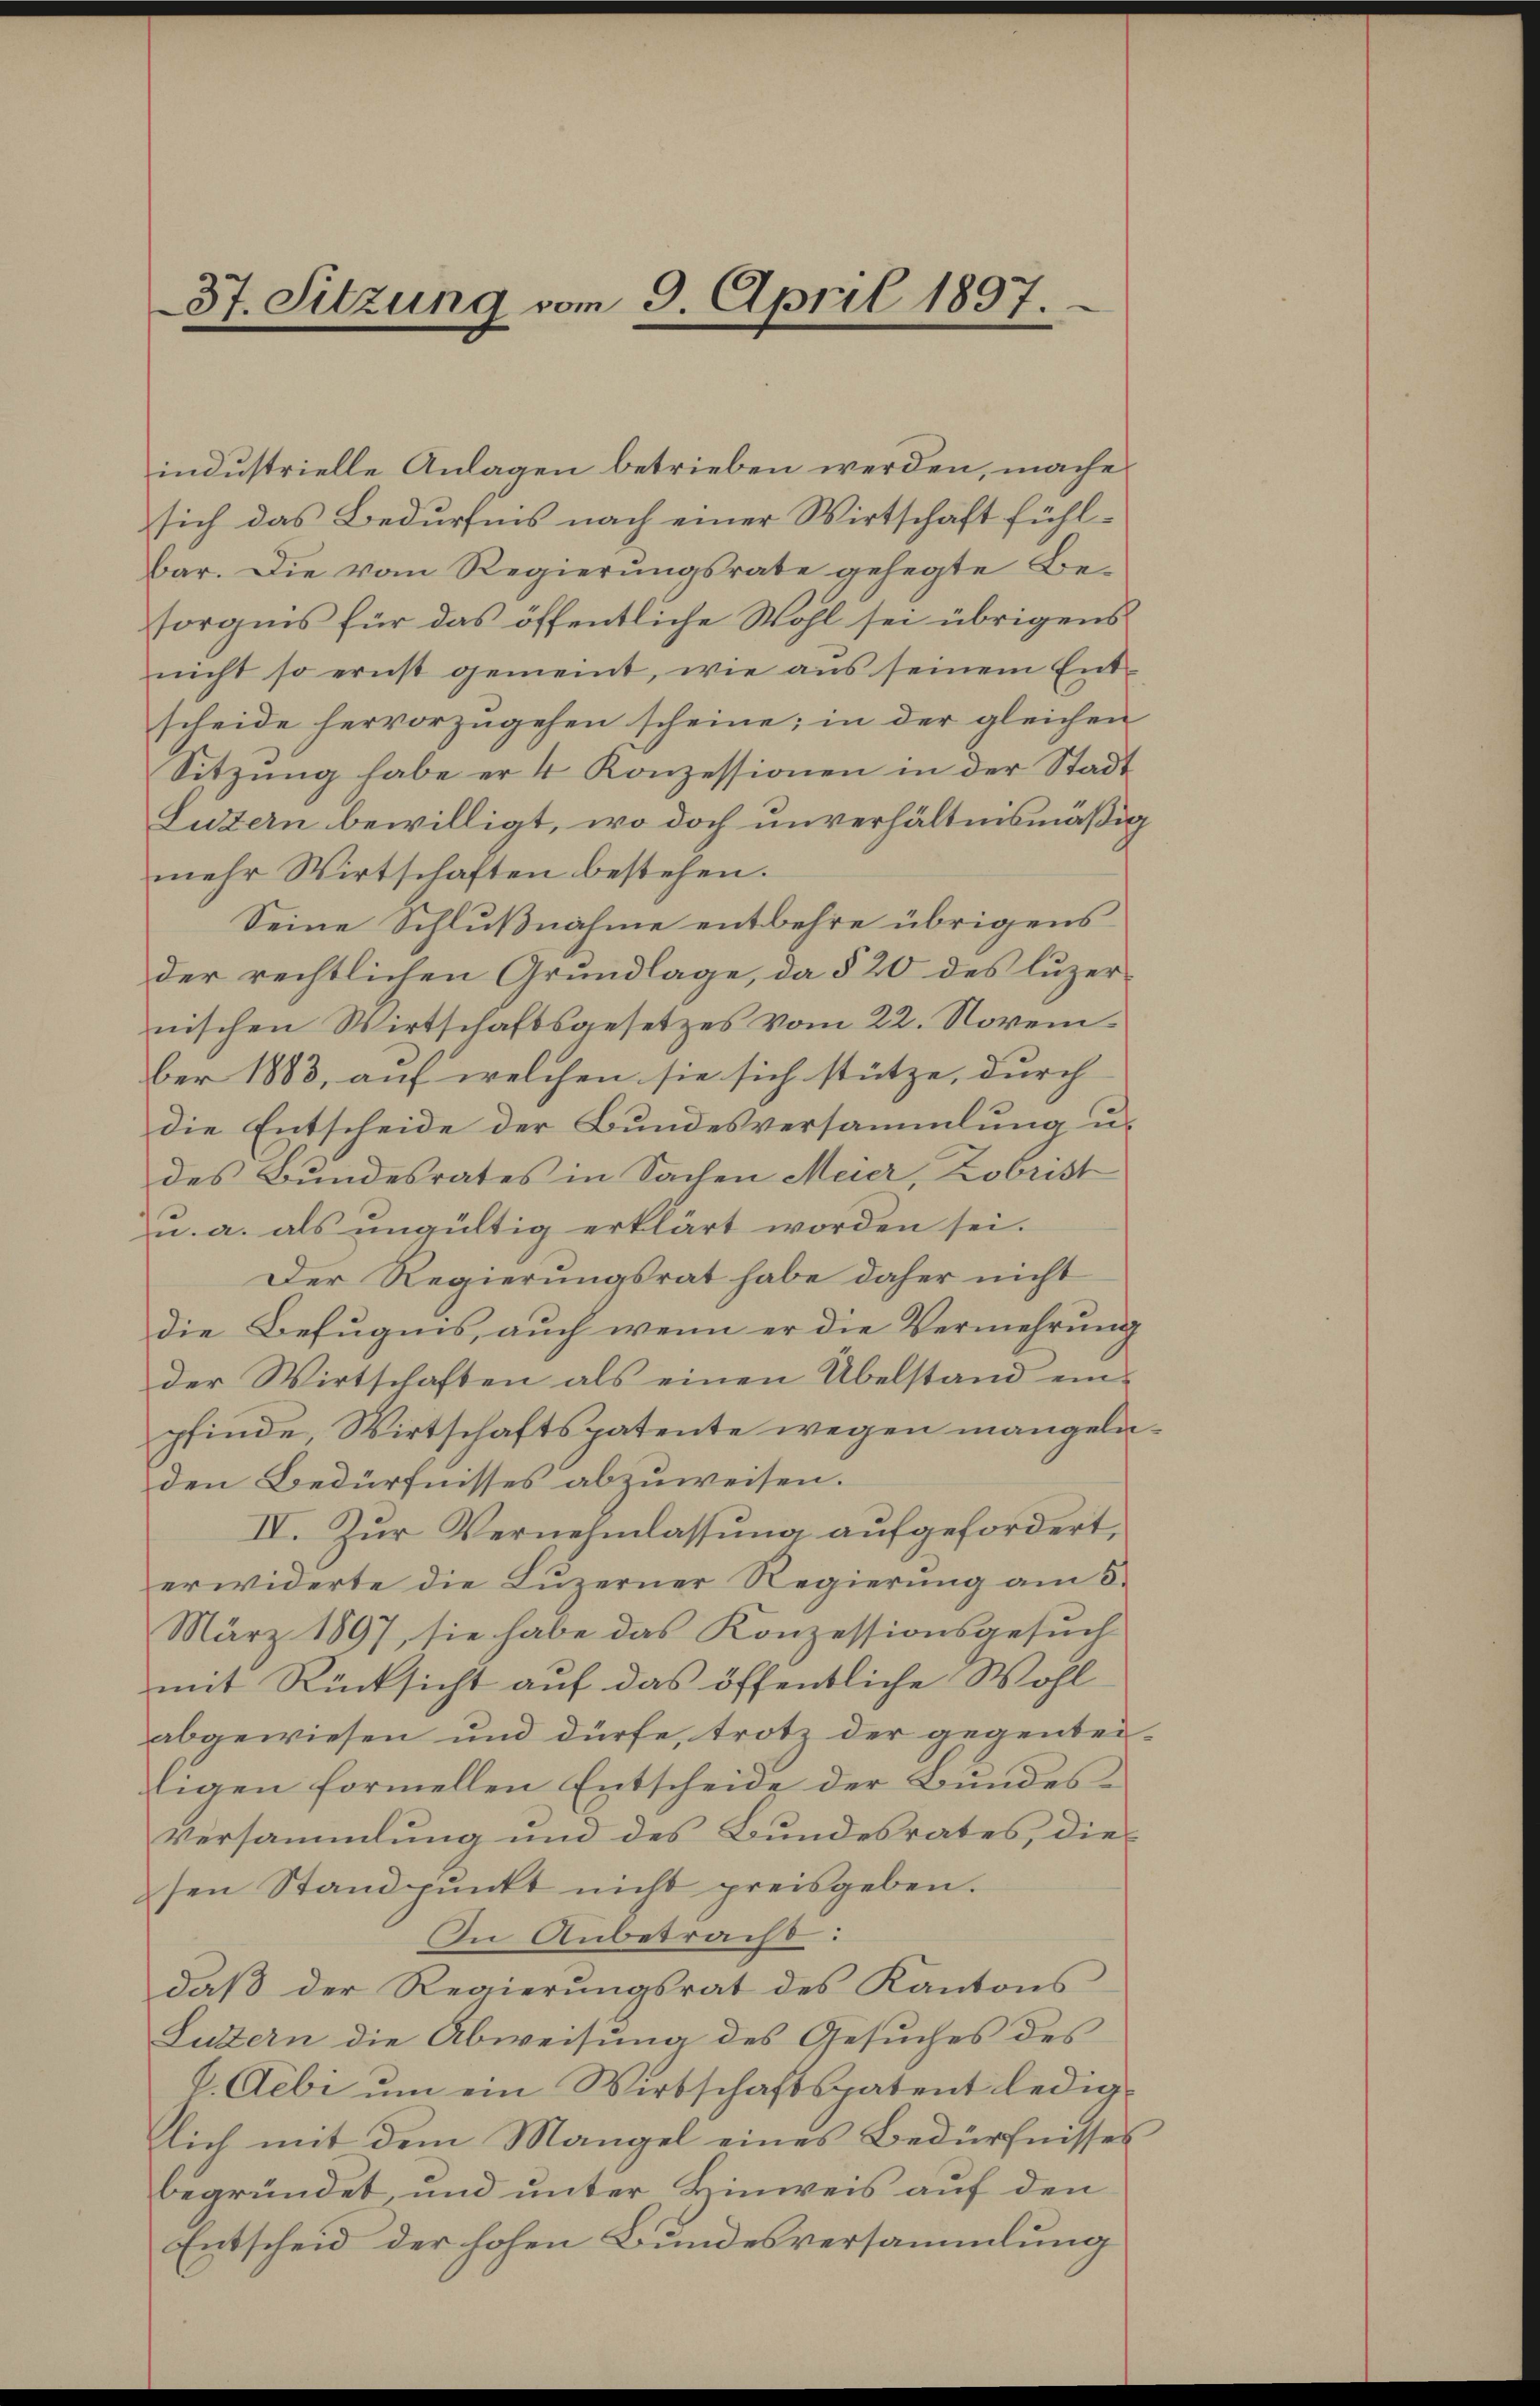
37. Sitzung vom 9. April 1897.

industrielle Anlagen betrieben werden, mache
sich das Bedürfnis nach einer Wirtschaft fühlbar. Die vom Regierungsrate gehegte Be-
sorgnis für das öffentliche Wohl sei übrigens
nicht so ernst gemeint, wie aŭs seinem Ent-
scheide hervorzŭgehen scheine; in der gleichen
Sitzung habe er 4 Konzessionen in der Stadt
Luzern bewilligt, wo doch unverhältnismäßig
mehr Wirtschaften bestehen.
Seine Schlußnahme entbehre übrigens
der rechtlichen Grundlage, da § 20 des luzernischen Wirtschaftsgesetzes vom 22. Novem
ber 1883, auf welchen sie sich stütze, durch
die Entscheide der Bundesversammlung u.
des Bundesrates in Sachen Meier, Kobrist
u. a. als ungültig erklärt worden sei.
Der Regierungsrat habe daher nicht
die Befugnis, auch wenn er die Vermehrung
der Wirtschaften als einen Übelstand einpfinde, Wirtschaftspatente wegen mangelnden Bedürfnisses abzuweisen.
IV. Zur Vernehmlassung aufgefordert,
erwiderte die Luzerner Regierung am 8.
März 1897, sie habe das Konzessionsgesuch
mit Rücksicht auf das öffentliche Wohl
abgewiesen und dürfe, trotz der gegentei-
ligen formellen Entscheide der Bundes¬
Versammlung und des Bundesrates, dies
sen Standpŭnkt nicht preisgeben.
In Anbetracht:
daβ der Regierungsrat des Kantons
Luttern die Abweisung des Gesuches des
h. Aebi um ein Wirtschaftspatent lediglich mit dem Mangel eines Bedürfnisses
begründet, und unter Hinweis auf den
Entscheid der hohen Bundesversammlung